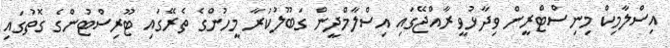
އިސްލާމިކް މިނިސްޓްރީން ވިދާޅުވީ ރާއްޖޭގައި އިސްލާމްދީން ގަބޫލުކުރާ މީހުންގެ ތެރޭގައި ޓޫރިސްޓުންގެ ގޮތުގައި